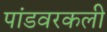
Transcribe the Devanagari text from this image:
पांडवरकली